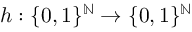
h : \{ 0 , 1 \} ^ { \mathbb { N } } \to \{ 0 , 1 \} ^ { \mathbb { N } }